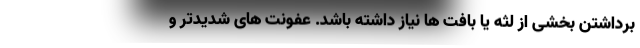
برداشتن بخشی از لثه یا بافت ها نیاز داشته باشد. عفونت های شدیدتر و